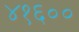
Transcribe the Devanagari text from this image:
४१६००